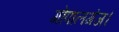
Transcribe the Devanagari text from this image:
गोपालगंज।